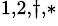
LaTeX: ^{1,2,\dagger,*}